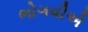
ભોગવીએ